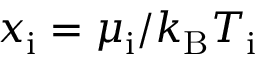
x _ { \mathrm { i } } = \mu _ { \mathrm { i } } / k _ { \mathrm { B } } T _ { \mathrm { i } }